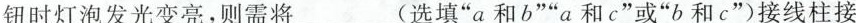
钮时灯泡发光变亮，则需将___(选填”a和b””a和c”或”b和c”)接线柱接